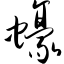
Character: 蚝